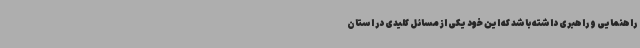
راهنمایی و راهبری داشته باشد که این خود یکی از مسائل کلیدی در استان